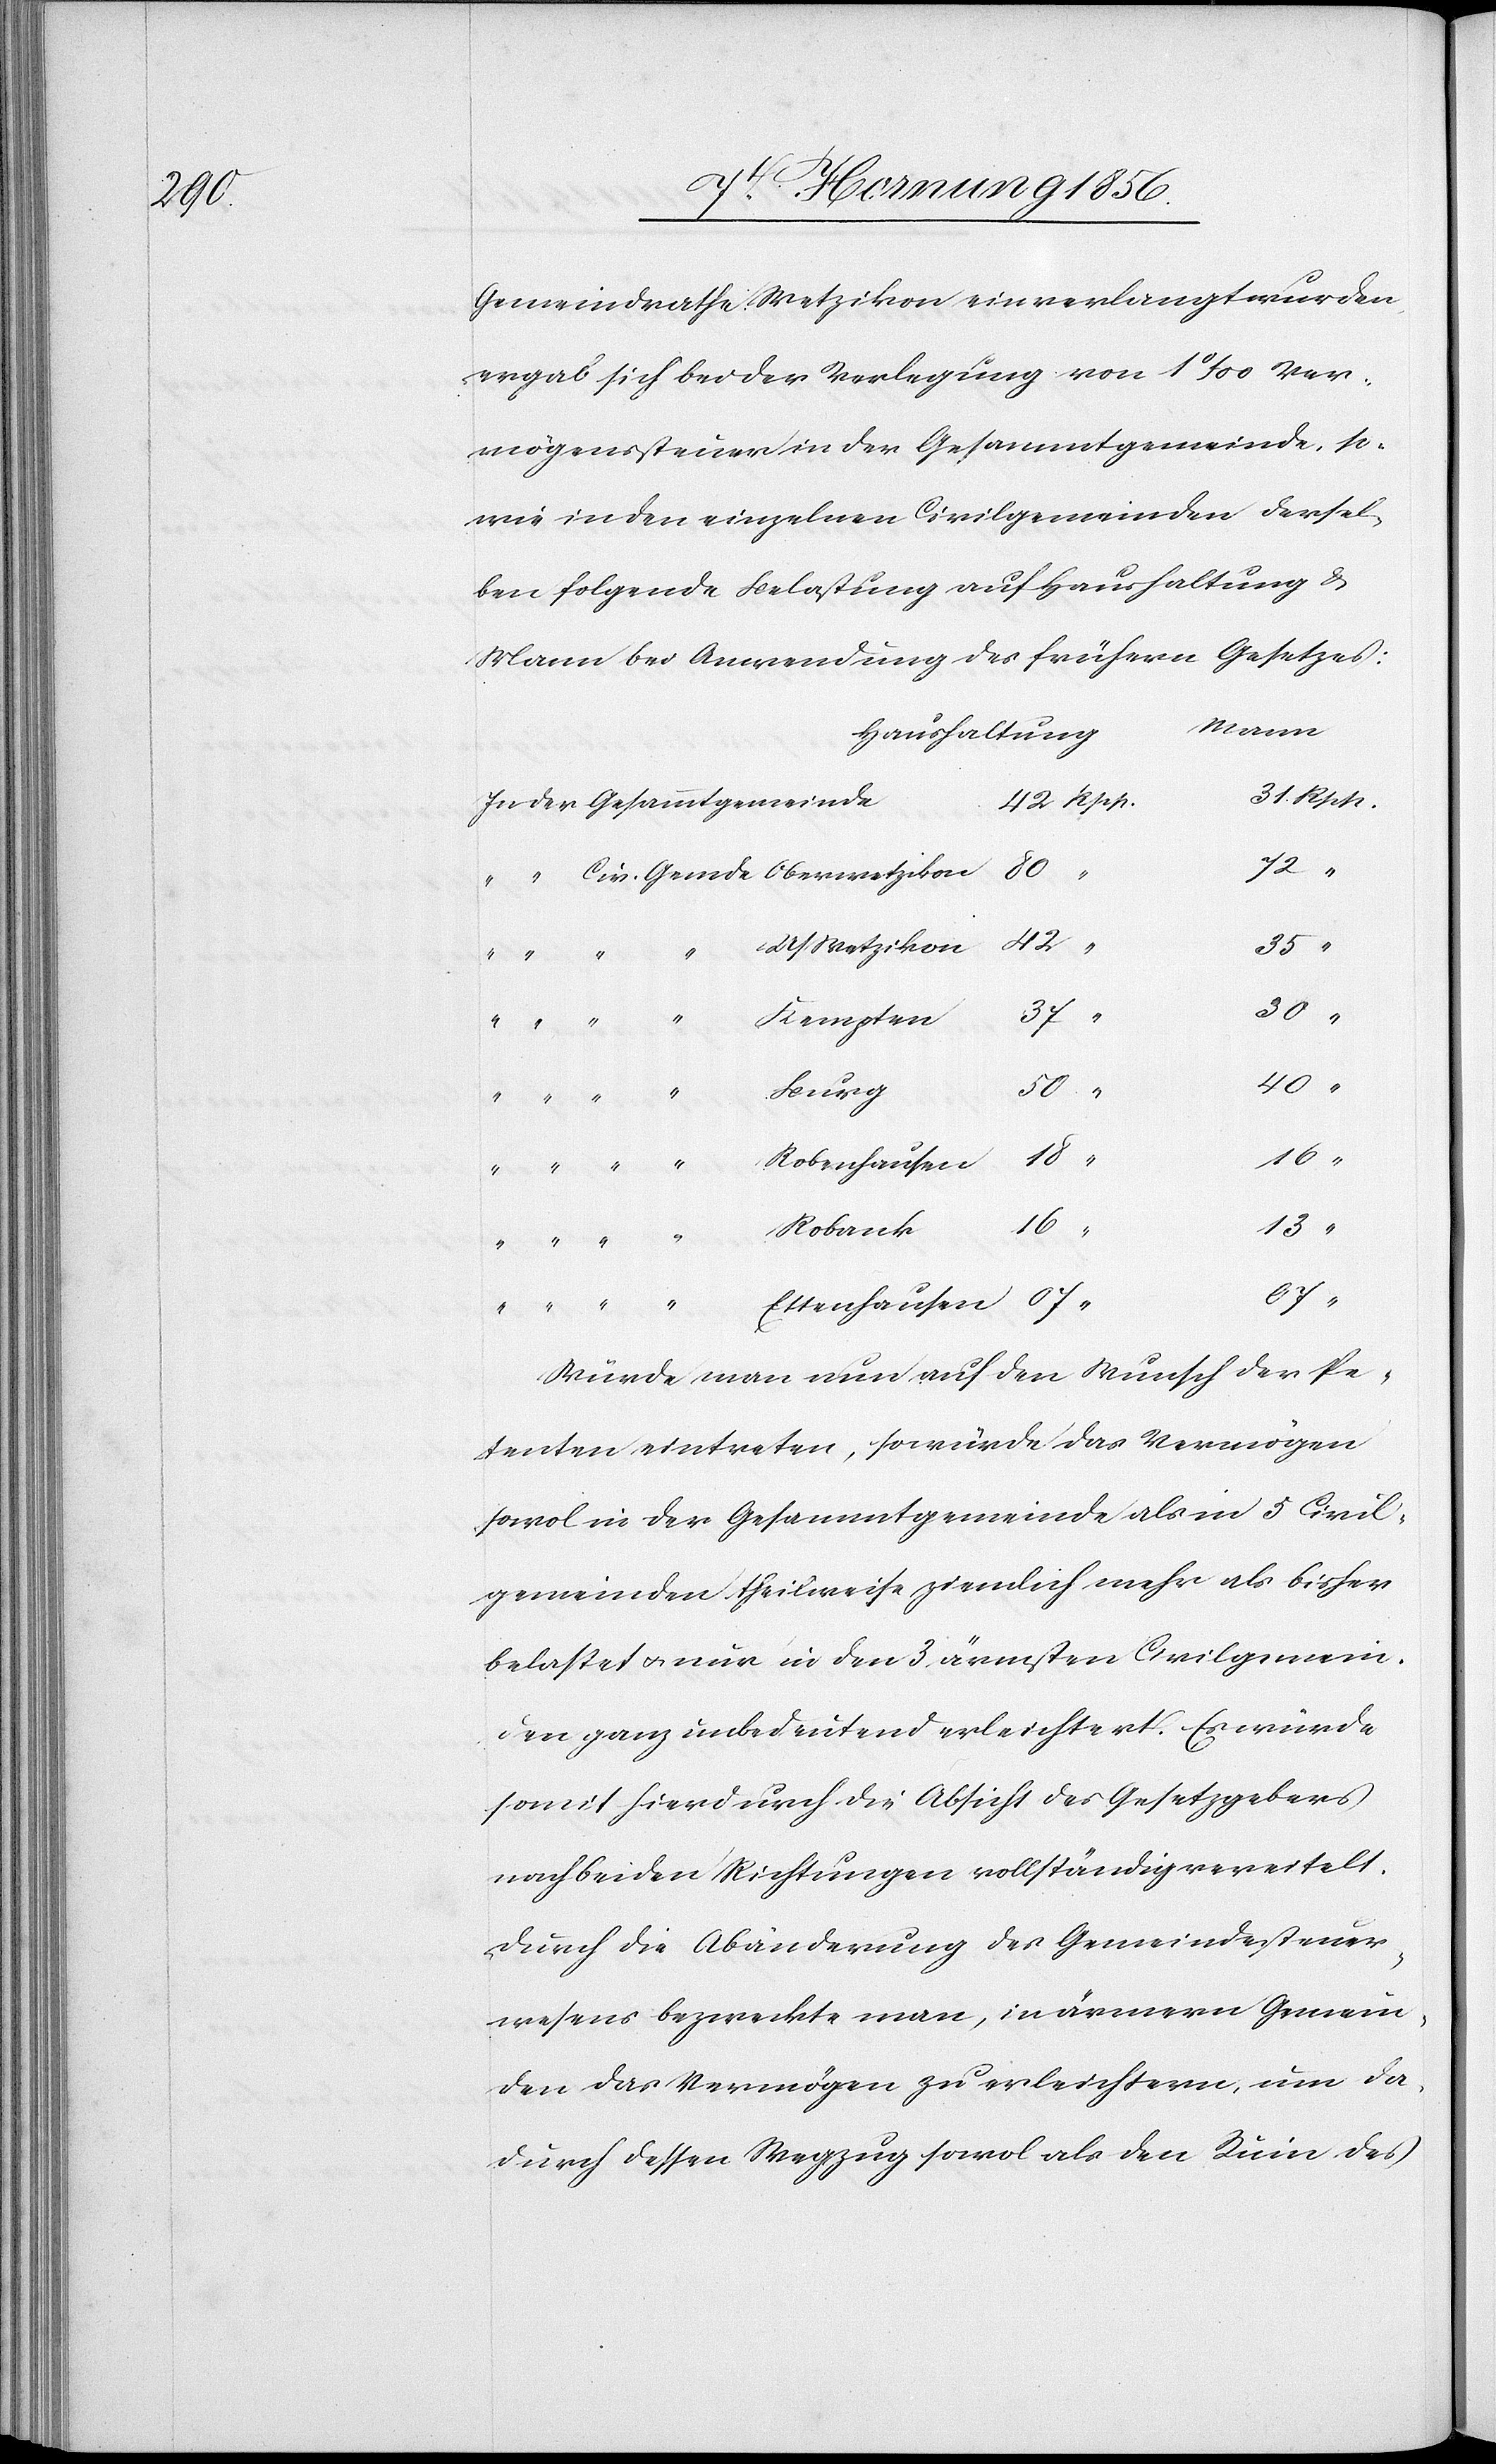
Gemeindrath Wetzikon einverlangt wurden
ergab sich bei der Verlegung von 1‰ Ver¬
mögenssteuer in der Gesammtgemeinde, so¬
wie in den einzelnen Civilgemeinden dersel¬
ben folgende Belastung auf Haushaltung &
Mann bei Anwendung des frühern Gesetzes:
Mann
Haushaltung
40
Civ.
Gemde
Us Wetzikon
30
37
Burg
Robenhausen
Oberwetzikon
16
13
Robank
Ettenhausen
Würde man nun auf den Wunsch der Pe¬
tenten eintreten, so würde das Vermögen
sowol in der Gesammtgemeinde als in 5 Civil¬
gemeinden theilweise ziemlich mehr als bisher
belastet u. nur in den 3 ärmsten Civilgemein¬
den ganz unbedeutend erleichtert. Es würde
somit hierdurch die Absicht des Gesetzgebers
nach beiden Richtungen vollständig vereitelt.
Durch die Abänderung des Gemeindesteuer¬
wesens bezweckte man, in ärmern Gemein¬
den das Vermögen zu erleichtern, um da¬
durch dessen Wegzug sowol als den Ruin des